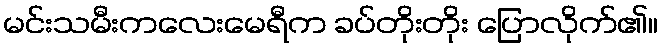
မင်းသမီးကလေးမေရီက ခပ်တိုးတိုး ပြောလိုက်၏။